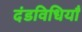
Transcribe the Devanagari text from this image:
दंडविधियाँ